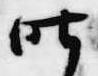
昨